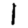
Digit: 1